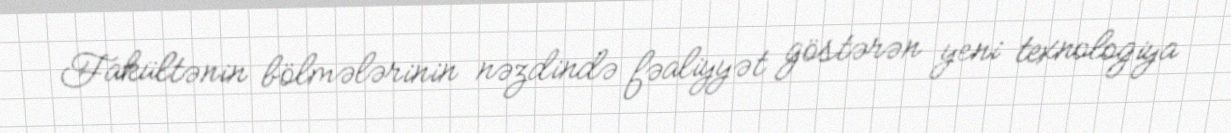
Fakültənin bölmələrinin nəzdində fəaliyyət göstərən yeni texnologiya